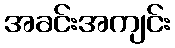
အခင်းအကျင်း